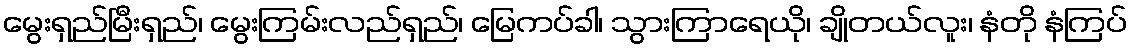
မွေးရှည်မြီးရှည်၊ မွေးကြမ်းလည်ရှည်၊ မြေကပ်ခါ၊ သွားကြာရေယို၊ ချိုတယ်လူး၊ နံတို နံကြပ်